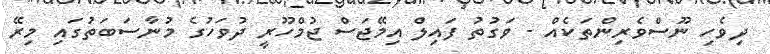
ދިވެހި ނޫސްވެރިންތަކެއް - ވަގުތު ފައިލް އިމޭޖަސް ޖުމްހޫރީ ދުވަހުގެ މުނާސަބަތުގައި މިރޭ